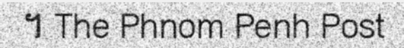
។ The Phnom Penh Post